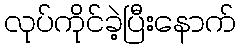
လုပ်ကိုင်ခဲ့ပြီးနောက်